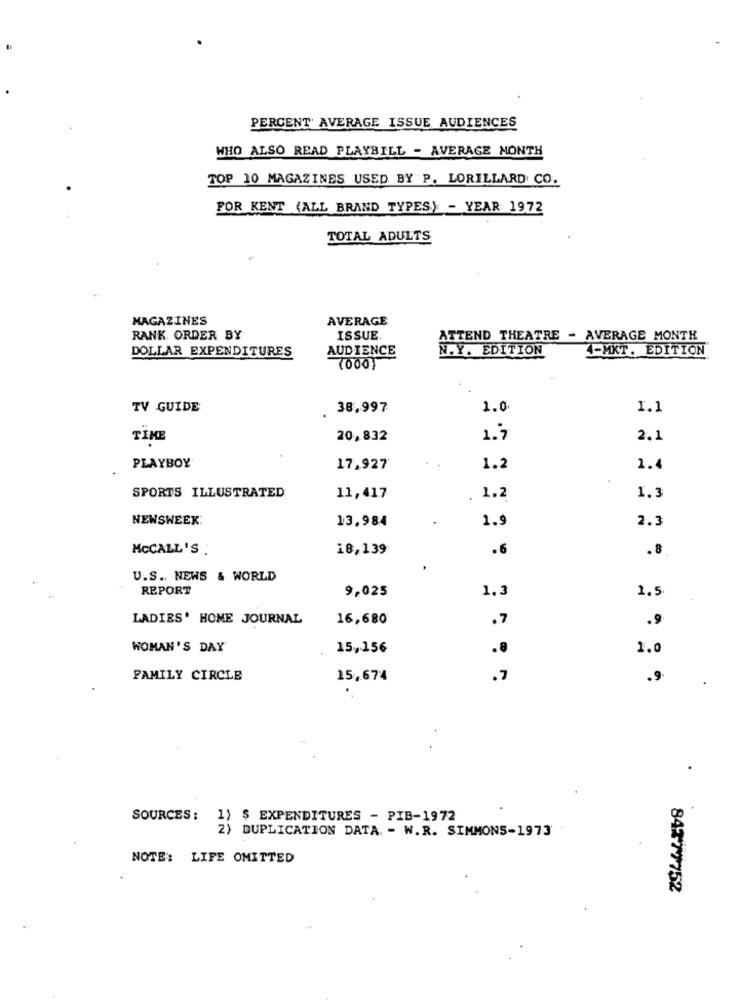
PERCENT' AVERAGE ISSUE AUDIENCES
WHO ALSO READ PLAYBILL - AVERAGE MONTH
TOP 10 MAGAZINES USED BY P. LORILLARD CO.
FOR KENT (ALL BRAND TYPES) - YEAR 1972
TOTAL ADULTS
MAGAZINES
AVERAGE
RANK ORDER BY
ISSUE.
ATTEND THEATRE - AVERAGE MONTH
DOLLAR EXPENDITURES
AUDIENCE
N.Y. EDITION
4-MKT. EDITION
TV GUIDE
38,997
1.0
1.1
TIKE
20,832
1.7
2.1
PLAYBOY
17,927
1.2
1.4
SPORTS ILLUSTRATED
11,417
1.2
1.3
NEWSWEEK:
13.984
1.9
2.3
MCCALL'S :
18,139
.6
.8
U.S. NEWS & WORLD
REPORT
9,025
1.3
1.5.
LADIES' HOME JOURNAL
16,680
.7
.9
WOMAN'S DAY
15,156
.8
1.0
FAMILY CIRCLE
15,674
.7
.9
SOURCES :
1) $ EXPENDITURES - PIB-1972
) DUPLICATION DATA. - W.R. SIMMONS-1973
NOTE: LIFE OMITTED
84777752